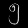
Digit: ၅